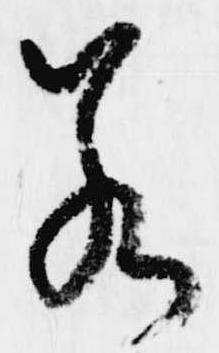
若